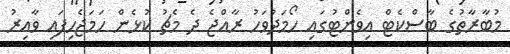
މުބާރާތުގެ ބާސްކެޓް އިވެންޓުގައި ހޯމަދުވަހު ރާއްޖެ ދެ މެޗު ކުޅެން ހަމަޖެހިފައި ވާއިރު